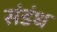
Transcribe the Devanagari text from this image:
संडंध